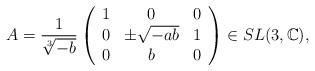
LaTeX: \begin{align*}A=\frac{1}{\sqrt[3]{-b}} \left(\begin{array}{ccc}1 & 0 &0 \\ 0 & \pm \sqrt{-ab} & 1 \\ 0& b &0 \end{array}\right) \in SL(3,\mathbb{C}),\end{align*}